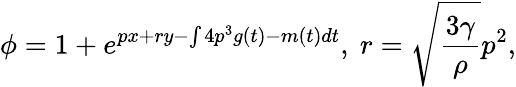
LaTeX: \phi=1+e^{px+ry-\int 4p^{3}g(t)-m(t)dt},\ r=\sqrt{\frac{3\gamma}{\rho}}p^{2},